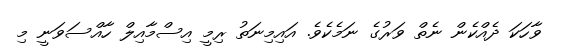
ވާހަކަ ދެއްކެން ނެތް ވަރުގެ ނަމެކެވެ. އައިމިނަތު ރިމީ އިސްމާއިލް ހާއްސަވަނީ މި